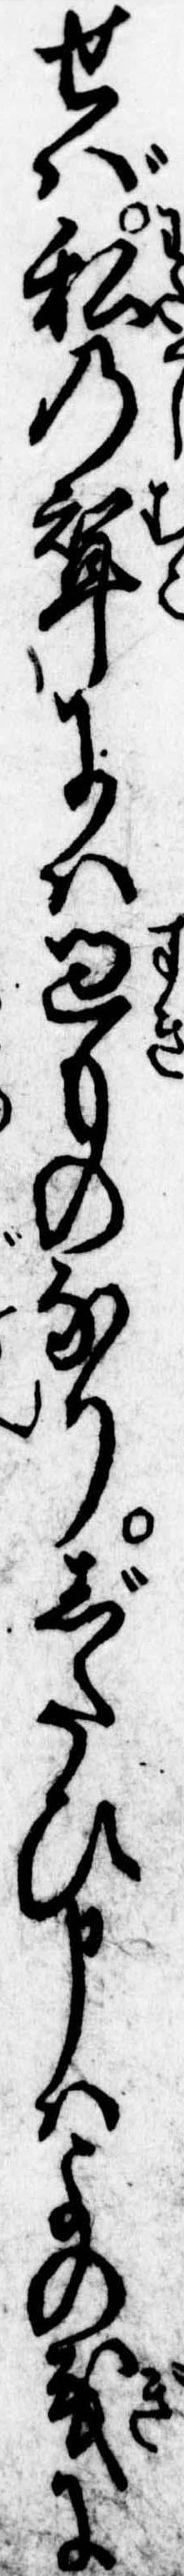
せば私の婿には過ものなりじたひ申はよの義に